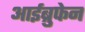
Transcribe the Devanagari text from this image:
आईब्रुफेन